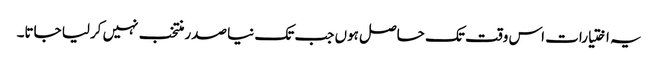
یہ اختیارات اس وقت تک حاصل ہوں جب تک نیا صدر منتخب نہیں کرلیا جاتا۔